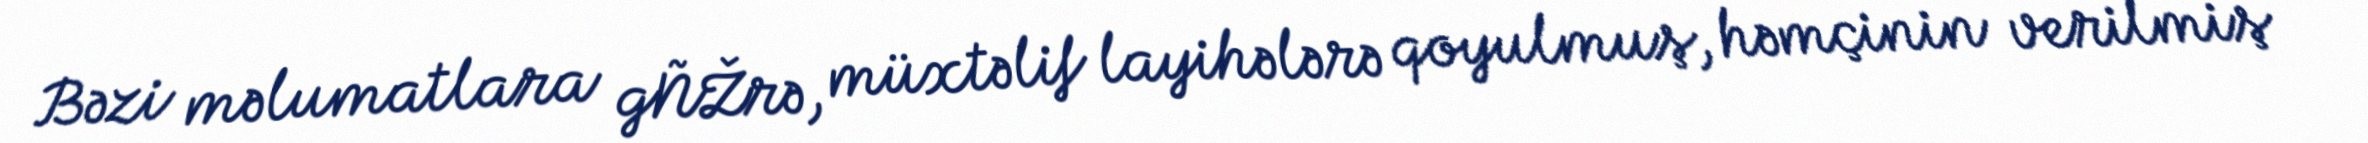
Bəzi məlumatlara gÑŽrə, müxtəlif layihələrə qoyulmuş, həmçinin verilmiş